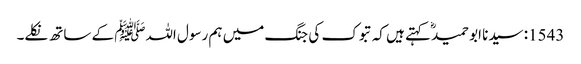
1543: سیدنا ابو حمیدؓ کہتے ہیں کہ تبوک کی جنگ میں ہم رسول اللہﷺ کے ساتھ نکلے۔